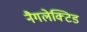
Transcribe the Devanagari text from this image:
नैगलेक्टिड